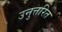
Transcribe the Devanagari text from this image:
उनुत्तरित